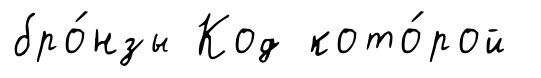
бро́нзы Код кото́рой